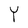
Character: Y